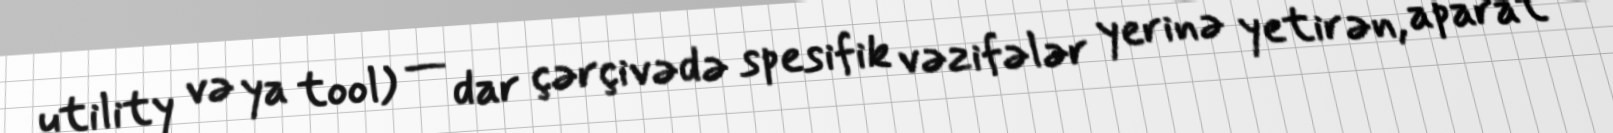
utility və ya tool) — dar çərçivədə spesifik vəzifələr yerinə yetirən, aparat